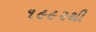
૧૯૯૨થી